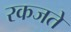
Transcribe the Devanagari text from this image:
रकजते